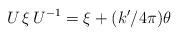
LaTeX: \begin{align*}U\,\xi\,U^{-1}=\xi+(k'/4\pi)\theta\end{align*}